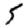
Digit: 5